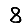
Digit: 8